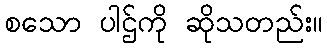
စသော ပါဌ်ကို ဆိုသတည်း။